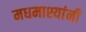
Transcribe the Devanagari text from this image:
मधमाश्यांनी